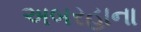
અબરહાના